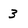
Character: 3